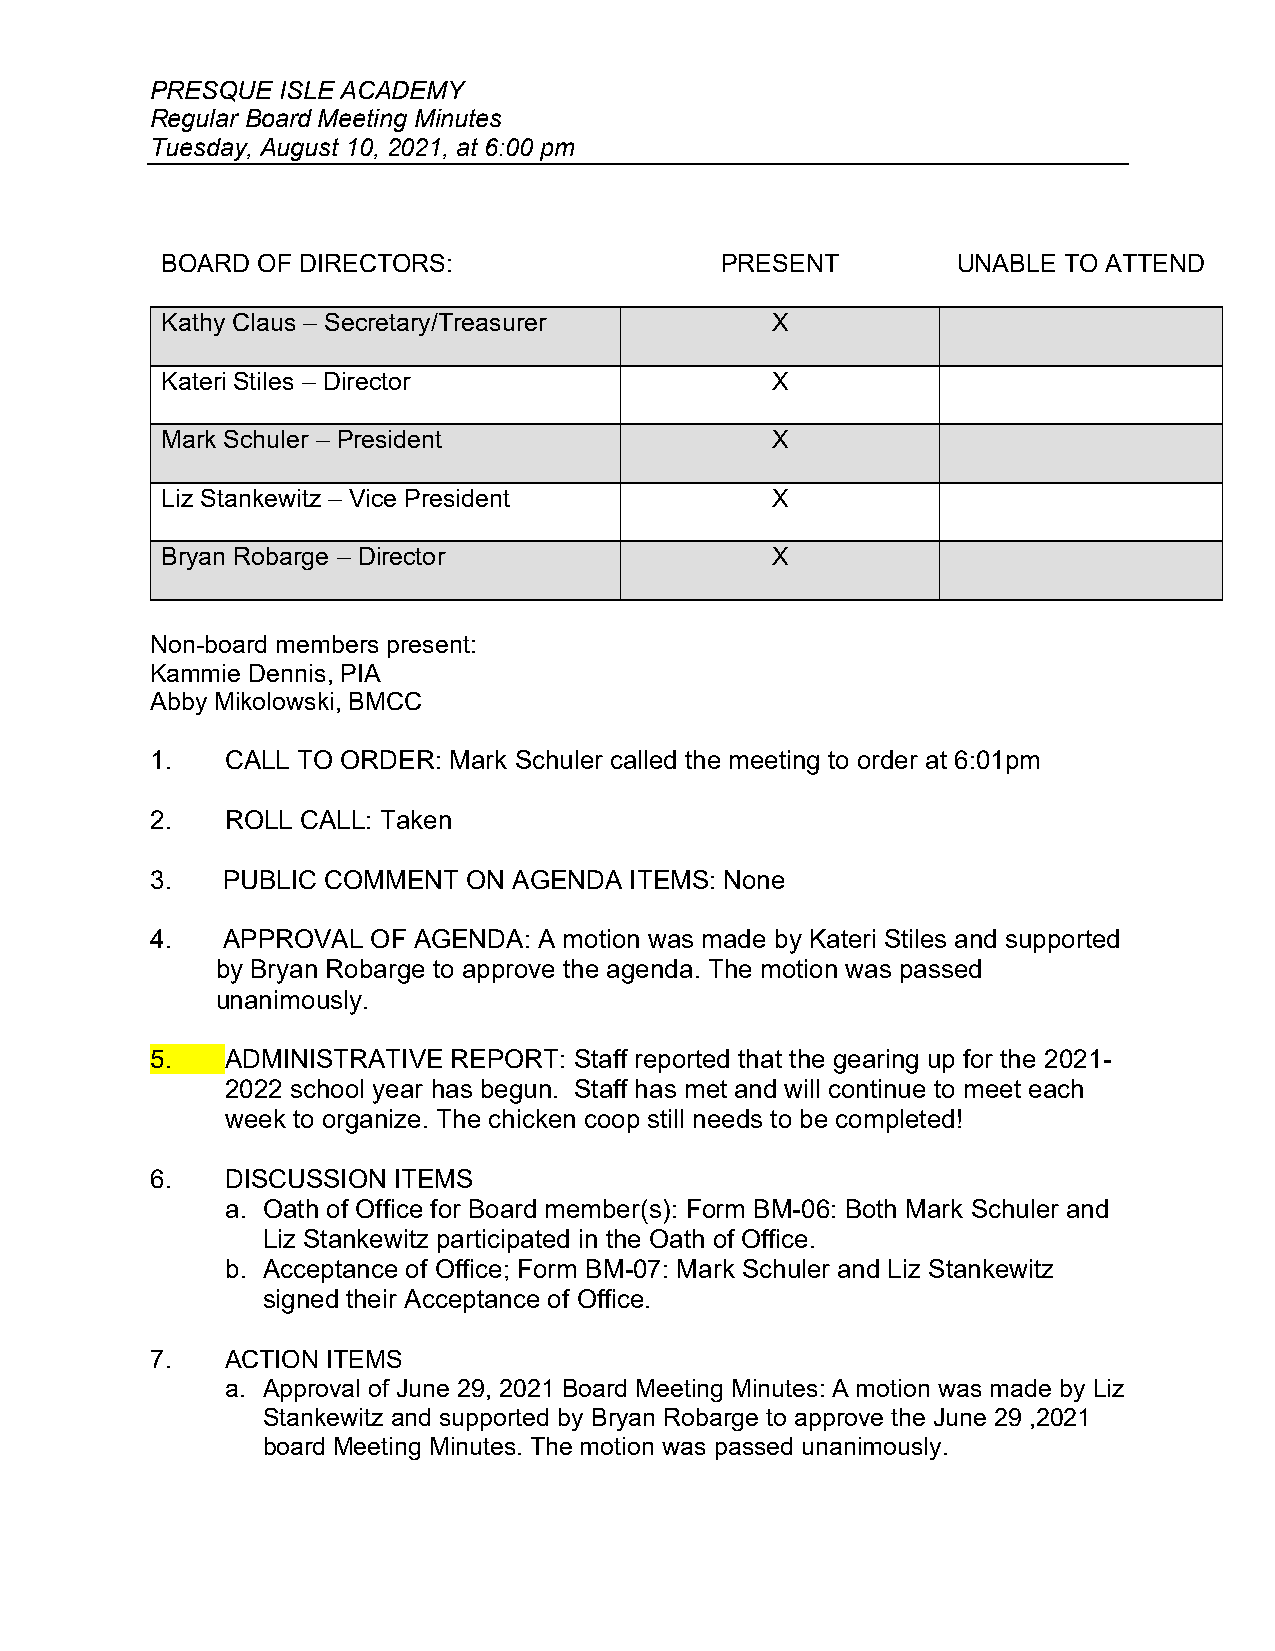
PRESQUE ISLE ACADEMY
 Regular Board Meeting Minutes
 Tuesday, August 10, 2021, at 6:00 pm
 BOARD OF DIRECTORS:                  PRESENT        UNABLE TO ATTEND
 Kathy Claus – Secretary/Treasurer       X
 Kateri Stiles – Director                X
 Mark Schuler – President                X
 Liz Stankewitz – Vice President         X
 Bryan Robarge – Director                X
 Non-board members present:
 Kammie Dennis, PIA
 Abby Mikolowski, BMCC
 1.   CALL TO ORDER: Mark Schuler called the meeting to order at 6:01pm
 2.   ROLL CALL: Taken
 3.   PUBLIC COMMENT  ON AGENDA  ITEMS: None
 4.   APPROVAL  OF AGENDA: A motion was made by Kateri Stiles and supported
 by Bryan Robarge to approve the agenda. The motion was passed
 unanimously.
 5.   ADMINISTRATIVE REPORT: Staff reported that the gearing up for the 2021-
 2022 school year has begun. Staff has met and will continue to meet each
 week to organize. The chicken coop still needs to be completed!
 6.   DISCUSSION ITEMS
 a. Oath of Office for Board member(s): Form BM-06: Both Mark Schuler and
 Liz Stankewitz participated in the Oath of Office.
 b. Acceptance of Office; Form BM-07: Mark Schuler and Liz Stankewitz
 signed their Acceptance of Office.
 7.   ACTION ITEMS
 a. Approval of June 29, 2021 Board Meeting Minutes: A motion was made by Liz
 Stankewitz and supported by Bryan Robarge to approve the June 29 ,2021
 board Meeting Minutes. The motion was passed unanimously.